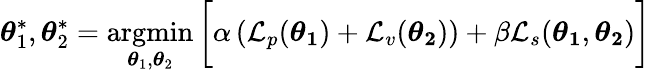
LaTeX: \boldsymbol{\theta}_{1}^{*},\boldsymbol{\theta}_{2}^{*}=\operatorname*{argmin}_{\boldsymbol{\theta}_{1},\boldsymbol{\theta}_{2}}\bigg[\alpha\left(\mathcal{L}_{p}(\boldsymbol{\theta_{1}})+\mathcal{L}_{v}(\boldsymbol{\theta_{2}})\right)+\beta\mathcal{L}_{s}(\boldsymbol{\theta_{1}},\boldsymbol{\theta_{2}})\bigg]